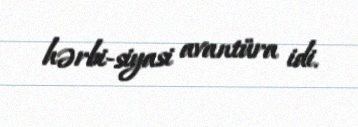
hərbi-siyasi avantüra idi.